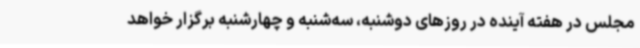
مجلس در هفته آینده در روزهای دوشنبه، سه‌شنبه و چهارشنبه برگزار خواهد